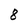
Character: 8